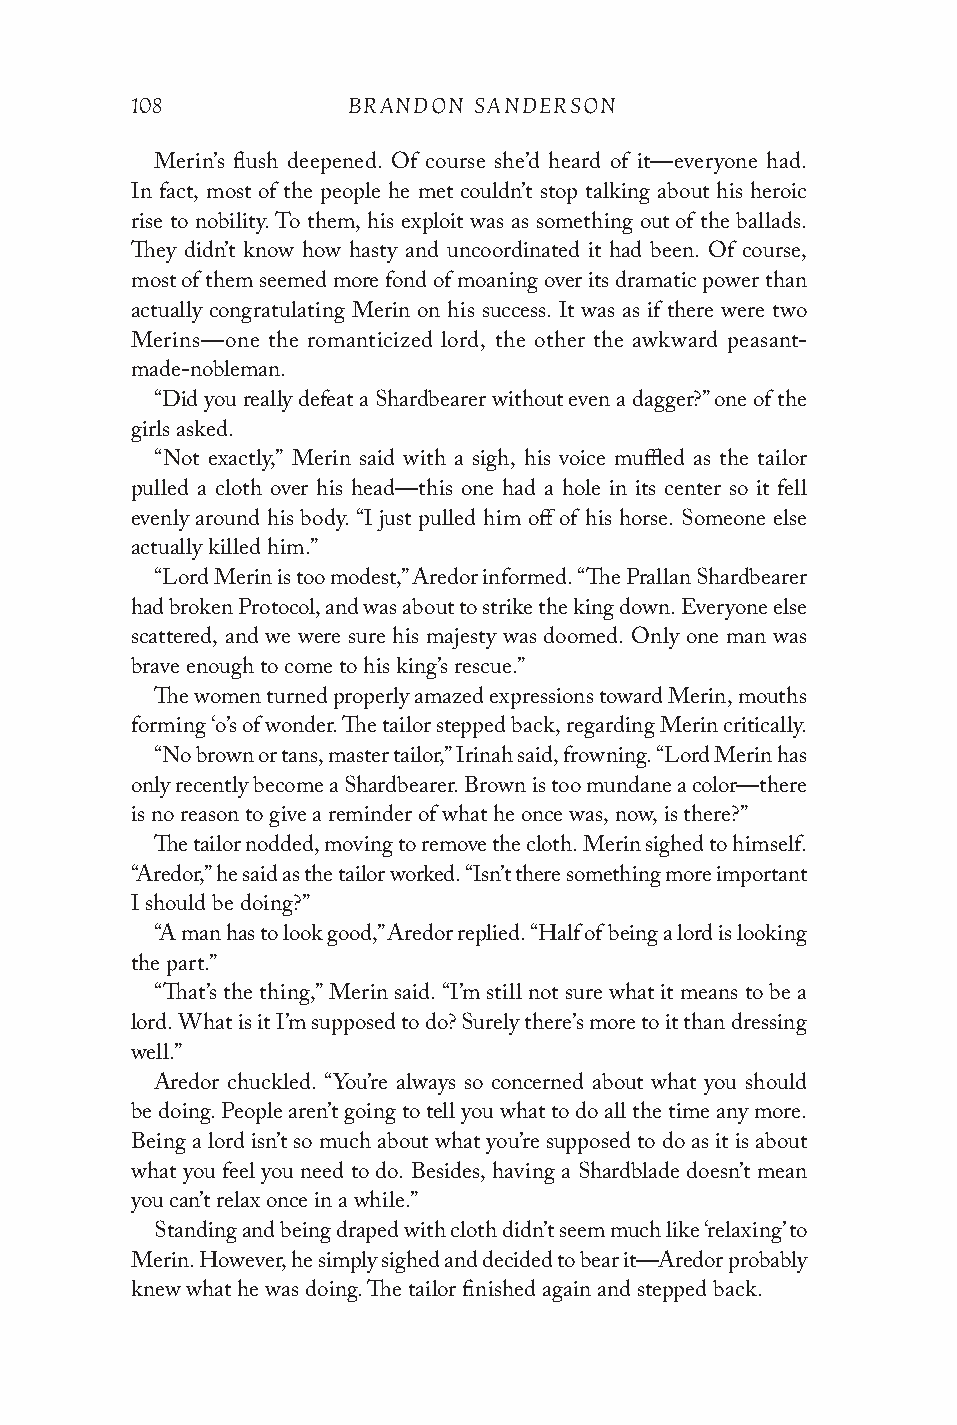
108           BRANDON SANDERSON
 Merin’s flush deepened. Of course she’d heard of it—everyone had.
 In fact, most of the people he met couldn’t stop talking about his heroic
 rise to nobility. To them, his exploit was as something out of the ballads.
 They didn’t know how hasty and uncoordinated it had been. Of course,
 most of them seemed more fond of moaning over its dramatic power than
 actually congratulating Merin on his success. It was as if there were two
 Merins—one the romanticized lord, the other the awkward peasant-
 made-nobleman.
 “Did you really defeat a Shardbearer without even a dagger?” one of the
 girls asked.
 “Not exactly,” Merin said with a sigh, his voice muffled as the tailor
 pulled a cloth over his head—this one had a hole in its center so it fell
 evenly around his body. “I just pulled him off of his horse. Someone else
 actually killed him.”
 “Lord Merin is too modest,” Aredor informed. “The Prallan Shardbearer
 had broken Protocol, and was about to strike the king down. Everyone else
 scattered, and we were sure his majesty was doomed. Only one man was
 brave enough to come to his king’s rescue.”
 The women turned properly amazed expressions toward Merin, mouths
 forming ‘o’s of wonder. The tailor stepped back, regarding Merin critically.
 “No brown or tans, master tailor,” Irinah said, frowning. “Lord Merin has
 only recently become a Shardbearer. Brown is too mundane a color—there
 is no reason to give a reminder of what he once was, now, is there?”
 The tailor nodded, moving to remove the cloth. Merin sighed to himself.
 “Aredor,” he said as the tailor worked. “Isn’t there something more important
 I should be doing?”
 “A man has to look good,” Aredor replied. “Half of being a lord is looking
 the part.”
 “That’s the thing,” Merin said. “I’m still not sure what it means to be a
 lord. What is it I’m supposed to do? Surely there’s more to it than dressing
 well.”
 Aredor chuckled. “You’re always so concerned about what you should
 be doing. People aren’t going to tell you what to do all the time any more.
 Being a lord isn’t so much about what you’re supposed to do as it is about
 what you feel you need to do. Besides, having a Shardblade doesn’t mean
 you can’t relax once in a while.”
 Standing and being draped with cloth didn’t seem much like ‘relaxing’ to
 Merin. However, he simply sighed and decided to bear it—Aredor probably
 knew what he was doing. The tailor finished again and stepped back.